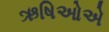
ઋષિઓએ